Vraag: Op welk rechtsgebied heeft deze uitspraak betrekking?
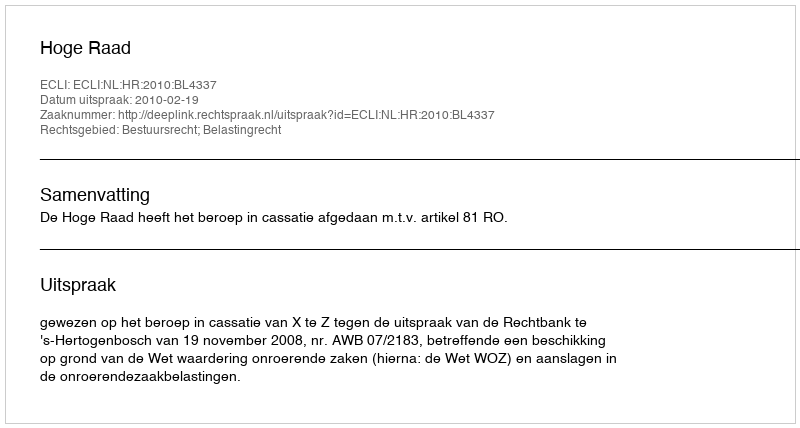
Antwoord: Bestuursrecht; Belastingrecht